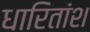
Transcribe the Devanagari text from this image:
धारितांश